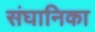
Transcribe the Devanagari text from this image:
संघानिका